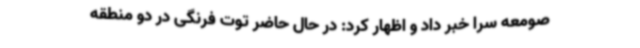
صومعه سرا خبر داد و اظهار کرد: در حال حاضر توت فرنگی در دو منطقه